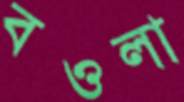
বওলা